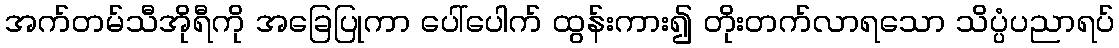
အက်တမ်သီအိုရီကို အခြေပြုကာ ပေါ်ပေါက် ထွန်းကား၍ တိုးတက်လာရသော သိပ္ပံပညာရပ်